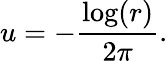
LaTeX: u=-{\frac{\log(r)}{2\pi}}.